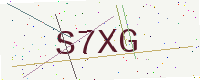
Text: S7XG